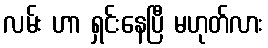
လမ်း ဟာ ရှင်းနေပြီ မဟုတ်လား